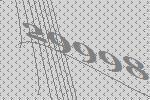
29998